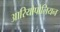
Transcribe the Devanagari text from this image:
आरियोपोलियन